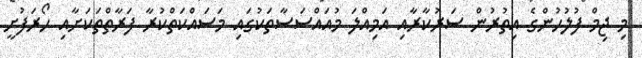
މި ޖިމް ފުލުހުންގެ އިތުރުން ސަރުކާރާއި އަމިއްލަ މުއައްސަސާތަކުގައި މަސައްކަތްކުރާ ފަރާތްތަކަށާއި ހޯރަފުށީ